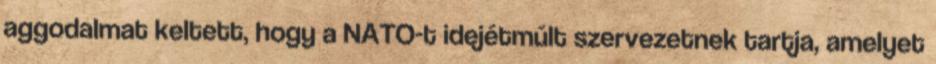
aggodalmat keltett, hogy a NATO-t idejétmúlt szervezetnek tartja, amelyet